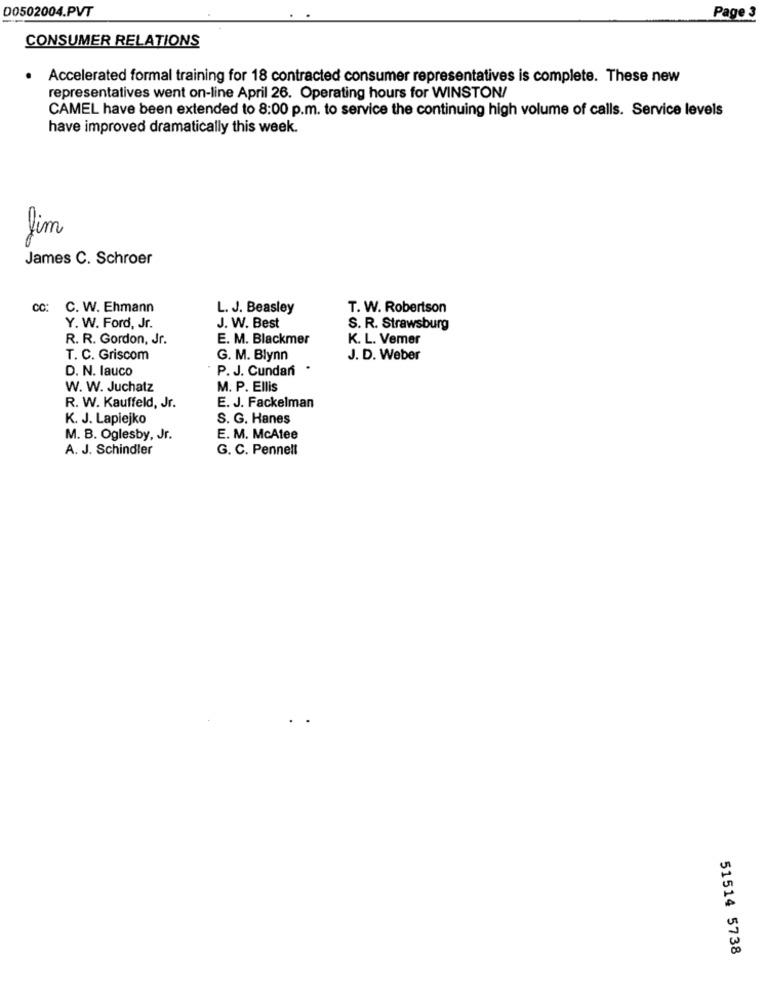
D0502004.PVT
Page 3
CONSUMER RELATIONS
Accelerated formal training for 18 contracted consumer representatives is complete. These new
representatives went on-line April 26. Operating hours for WINSTON/
CAMEL have been extended to 8:00 p.m. to service the continuing high volume of calls. Service levels
have improved dramatically this week.
fim
James C. Schroer
cc: C. W. Ehmann
L. J. Beasley
T. W. Robertson
Y. W. Ford, Jr.
J. W. Best
S. R. Strawsburg
R. R. Gordon, Jr.
E. M. Blackmer
K. L. Vemer
T. C. Griscom
G. M. Blynn
J. D. Weber
D. N. lauco
P. J. Cundan
W. W. Juchatz
M. P. Ellis
R. W. Kauffeld, Jr.
E. J. Fackelman
K. J. Lapiejko
S. G. Hanes
M. B. Oglesby, Jr.
E. M. McAtee
A. J. Schindler
G. C. Pennelt
51514 5738